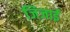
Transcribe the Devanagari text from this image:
जिजाई